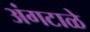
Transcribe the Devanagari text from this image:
अंगटाळे